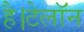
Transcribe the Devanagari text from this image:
है।टेलॉन